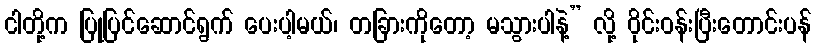
ငါတို့က ပြုပြင်ဆောင်ရွက် ပေးပါ့မယ်၊ တခြားကိုတော့ မသွားပါနဲ့” လို့ ဝိုင်းဝန်းပြီးတောင်းပန်